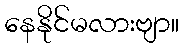
နေနိုင်မလားဗျာ။